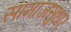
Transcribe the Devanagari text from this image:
सामाजसुधार